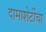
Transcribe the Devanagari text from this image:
दामाशेटींचा